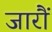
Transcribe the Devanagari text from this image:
जारौं